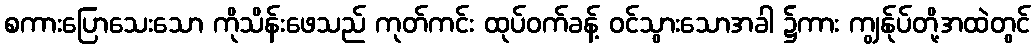
စကားပြောသေးသော ကိုသိန်းဖေသည် ကုတ်ကင်း ထုပ်ဝက်ခန့် ဝင်သွားသောအခါ ၌ကား ကျွန်ုပ်တို့အထဲတွင်